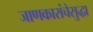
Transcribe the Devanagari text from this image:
जाणकारांचेसुद्धा